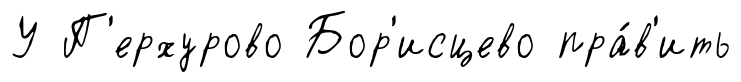
У П'ерхурово Бор'исцево пра́в'ить